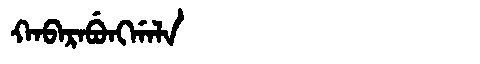
Manchu: ᡴᠠᠪᠠᡵᠠᠪᡠᠩᡤᠠᠯᠠ
Romanization: KABARABUNGGALA